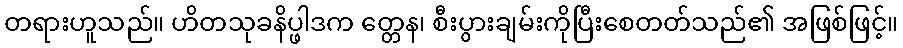
တရားဟူသည်။ ဟိတသုခနိပ္ဖါဒက တ္တေန၊ စီးပွားချမ်းကိုပြီးစေတတ်သည်၏ အဖြစ်ဖြင့်။